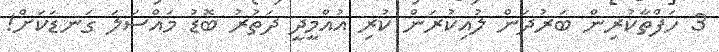
3 ހަފްތާކުރިން ބަރުދަން ލުއިކުރަން ކުރި އުއްމީދީ ދަތުރު ބޮޑު މައްސަލަ ގަނޑަކަށް!